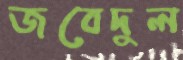
জবেদুল